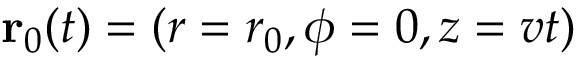
\mathbf { r } _ { 0 } ( t ) = ( r = r _ { 0 } , \phi = 0 , z = v t )